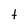
Character: t